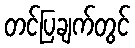
တင်ပြချက်တွင်